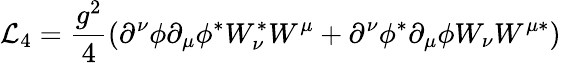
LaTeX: {\cal L}_{4}=\frac{g^{2}}{4}(\partial^{\nu}\phi\partial_{\mu}\phi^{\ast}W_{\nu}^{\ast}W^{\mu}+\partial^{\nu}\phi^{\ast}\partial_{\mu}\phi W_{\nu}W^{\mu\ast})